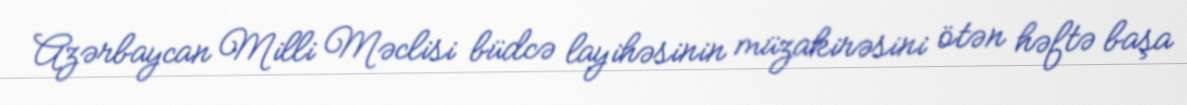
Azərbaycan Milli Məclisi büdcə layihəsinin müzakirəsini ötən həftə başa